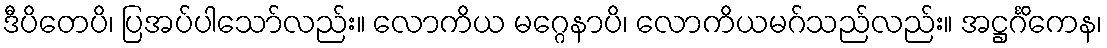
ဒီပိတေပိ၊ ပြအပ်ပါသော်လည်း။ လောကိယ မဂ္ဂေနာပိ၊ လောကိယမဂ်သည်လည်း။ အဋ္ဌင်္ဂိကေန၊